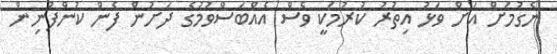
ނެގުމަށް އަށް ވަޅު އިތުރު ކުރުމަކީ ވެސް އެއްބަސްވުމުގެ ދަށުން ފެން ކުންފުނިން